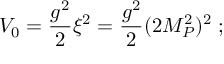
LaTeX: V _ { 0 } = \frac { g ^ { 2 } } 2 \xi ^ { 2 } = \frac { g ^ { 2 } } 2 ( 2 M _ { P } ^ { 2 } ) ^ { 2 } \; ;